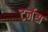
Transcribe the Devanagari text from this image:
टर्नस